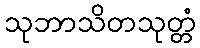
သုဘာသိတသုတ္တံ